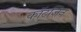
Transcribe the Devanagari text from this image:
कॉटज़िन